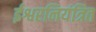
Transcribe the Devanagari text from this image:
ईश्वरनियंत्रित